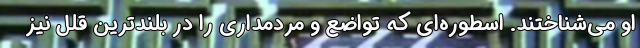
او می‌شناختند. اسطوره‌ای که تواضع و مردمداری را در بلندترین قلل نیز